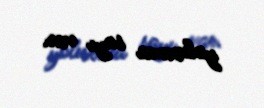
yoluxma sayı var.